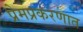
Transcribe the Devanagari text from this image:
प्रेमप्रकरणात